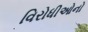
વિરોધીઓનો